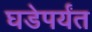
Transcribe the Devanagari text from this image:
घडेपर्यंत